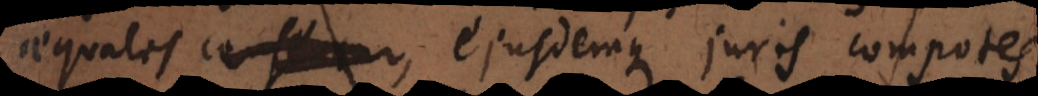
aequales, ejusdemque juris compotes